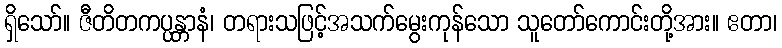
ရှိသော်။ ဇီတိတကပ္ပန္တာနံ၊ တရားသဖြင့်အသက်မွေးကုန်သော သူတော်ကောင်းတို့အား။ ဧတာ၊